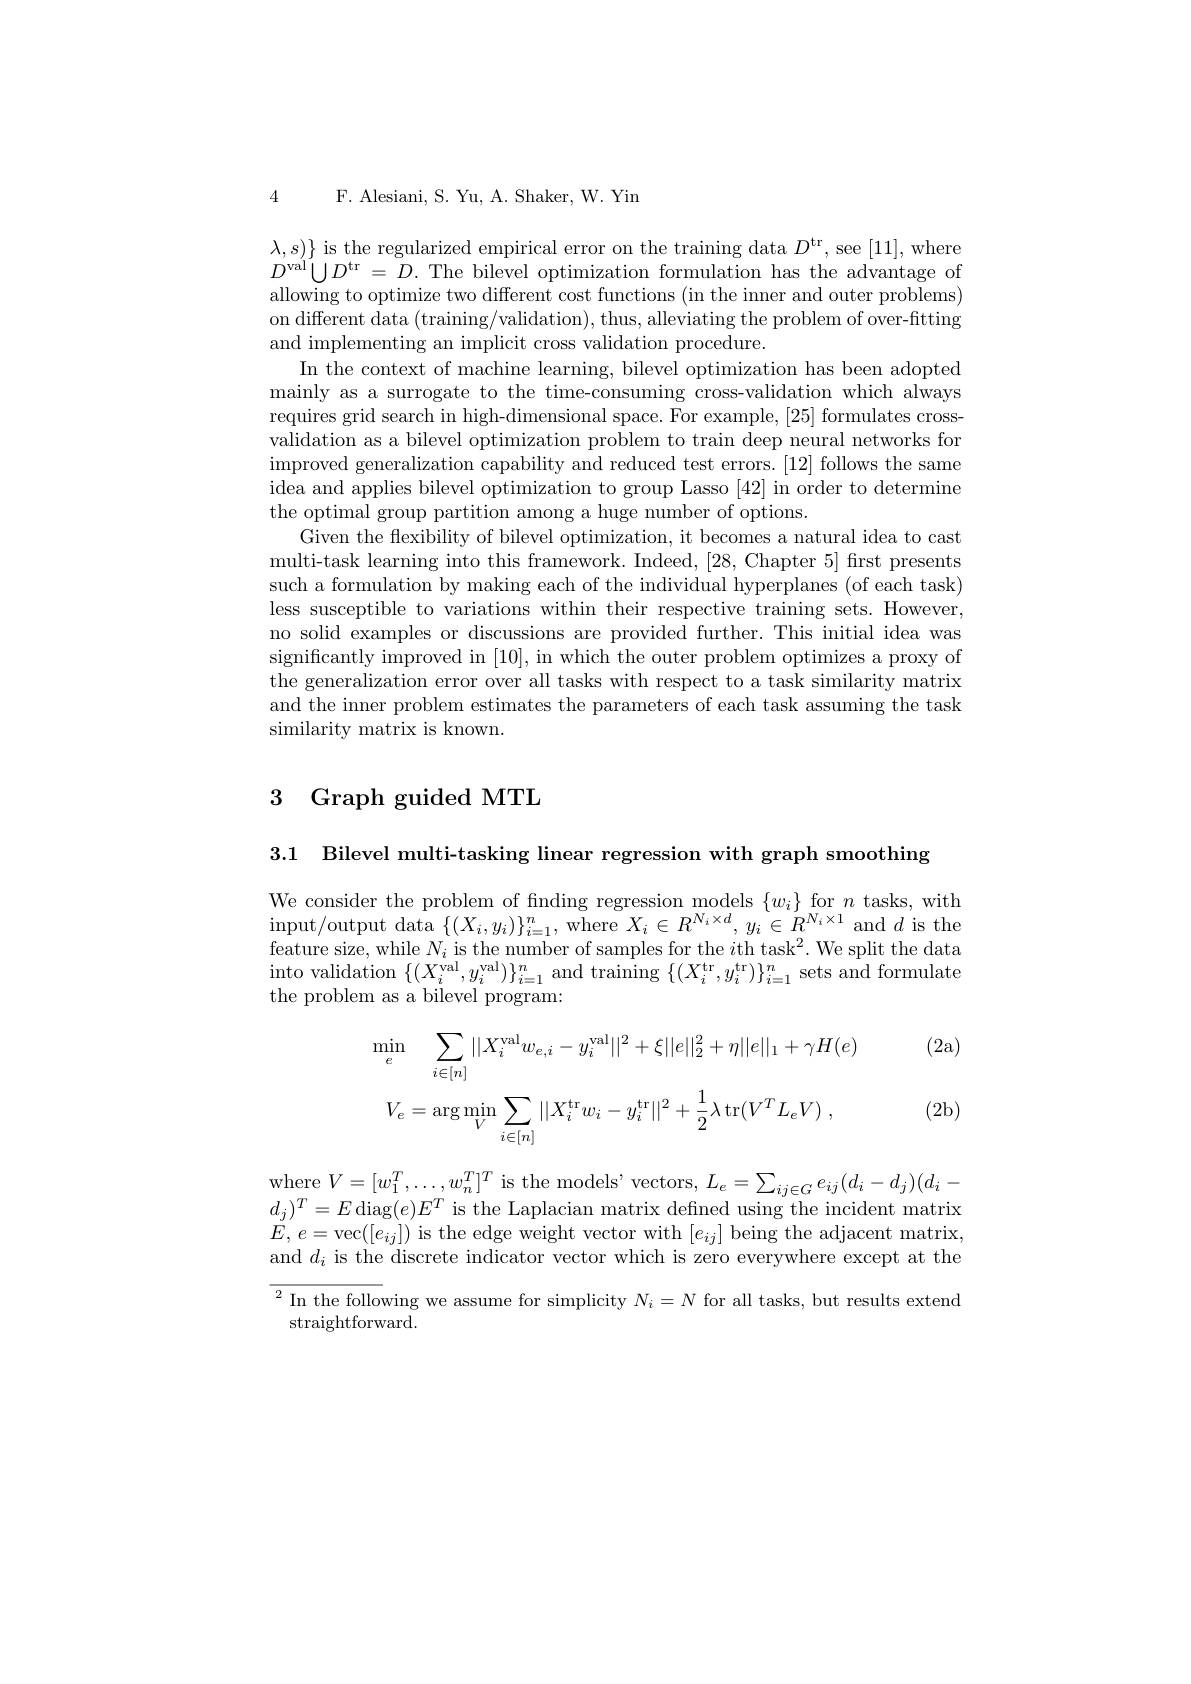
4 F. Alesiani, S. Yu, A. Shaker, W. Yin

$\lambda,s)\}$ is the regularized empirical error on the training data $D^\mathrm{tr}$, see [11],where $D^{\mathrm{val}}\bigcup D^{\mathrm{tr}}=\bar{D}.$ The bilevel optimization formulation has the advantage of allowing to optimize two different cost functions (in the inner and outer problems) on different data (training/validation), thus, alleviating the problem of over-fitting and implementing an implicit cross validation procedure.
In the context of machine learning, bilevel optimization has been adopted mainly as a surrogate to the time-consuming cross-validation which always requires grid search in high-dimensional space. For example, [25] formulates cross validation as a bilevel optimization problem to train deep neural networks for improved generalization capability and reduced test errors. [12] follows the same idea and applies bilevel optimization to group Lasso [42] in order to determine the optimal group partition among a huge number of options.
Given the flexibility of bilevel optimization, it becomes a natural idea to cast multi-task learning into this framework. Indeed, [28, Chapter 5] first presents such a formulation by making each of the individual hyperplanes (of each task) less susceptible to variations within their respective training sets. However, no solid examples or discussions are provided further. This initial idea was significantly improved in [10], in which the outer problem optimizes a proxy of the generalization error over all tasks with respect to a task similarity matrix and the inner problem estimates the parameters of each task assuming the task similarity matrix is known.

# 3 Graph guided MTL

3.1 Bilevel multi-tasking linear regression with graph smoothing

We consider the problem of finding regression models$\left \{ w_{i}\right \}$for $n$ tasks, with input/ output data$\left \{ ( X_{i}, y_{i}) \right \} _{i= 1}^{n}$, where $X_{i}\in R^{N_{i}\times d}, y_{i}\in R^{N_{i}\times 1}$ and $d$ is the feature size, while $N_{i}$ is the number of samples f into validation $\{(X_i^\mathrm{val},y_i^\mathrm{val})\}_{i=1}^n$ and training $\{(X_i^\mathrm{tr},y_i^\mathrm{tr})\}_{i=1}^n$ sets and formulate the problem as a bilevel program:

(2a)
$$\min_{e}\sum_{i\in[n]}||X_{i}^{\mathrm{val}}w_{e,i}-y_{i}^{\mathrm{val}}||^{2}+\xi||e||_{2}^{2}+\eta||e||_{1}+\gamma H(e)\\V_{e}=\arg\min_{V}\sum_{i\in[n]}||X_{i}^{\mathrm{tr}}w_{i}-y_{i}^{\mathrm{tr}}||^{2}+\frac{1}{2}\lambda\operatorname{tr}(V^{T}L_{e}V)\:,$$
(2b)

where $V= [ w_{1}^{T}, \ldots , w_{n}^{T}] ^{T}$ is the models' vectors, $L_e=\sum_{ij\in G}e_{ij}(d_{i}-d_{j})(d_{i}-$ $d_j)^T=E$ diag$(e)E^T$ is the Laplacian matrix defined using the incident matrix $\dot{E},e=$vec$([e_ij])$ is the edge weight vector with $[e_ij]$ being the adjacent matrix, and $d_i$ is the discrete indicator vector which is zero everywhere except at the $\overline{{^2\text{In the following we assume for simplicity }N_i=N\text{ for all tasks, but results extend}}}$
straightforward.